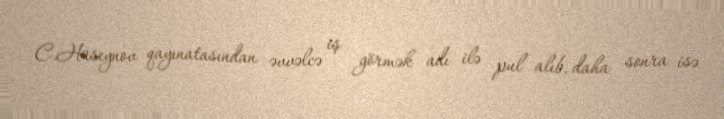
C.Hüseynov qayınatasından əvvəlcə iş görmək adı ilə pul alıb, daha sonra isə